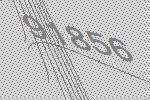
91856